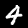
Label: 4